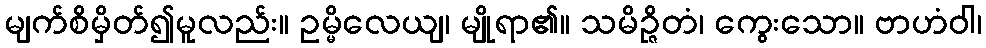
မျက်စိမှိတ်၍မူလည်း။ ဥမ္မိလေယျ၊ မျိုရာ၏။ သမိဉ္ဇိတံ၊ ကွေးသော။ ဗာဟံဝါ၊